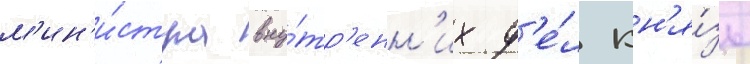
м'ин'и́стра вну́тр'енн'их д'е́л кн'я́зь